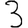
Digit: 3